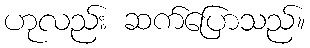
ဟုလည်း ဆက်ပြောသည်။